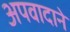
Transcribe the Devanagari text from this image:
अपवादाने